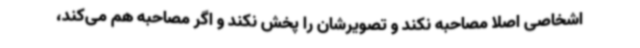
اشخاصی اصلا مصاحبه نکند و تصویرشان را پخش نکند و اگر مصاحبه هم می‌کند،